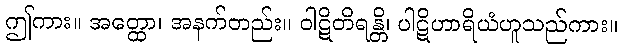
ဤကား။ အတ္ထော၊ အနက်တည်း။ ဝါဋိတိရန္တိ၊ ပါဋိဟာရိယံဟူသည်ကား။